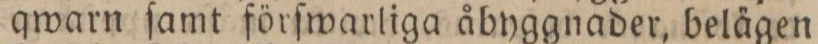
qwarn ſamt förſwarliga åbyggnader, belägen